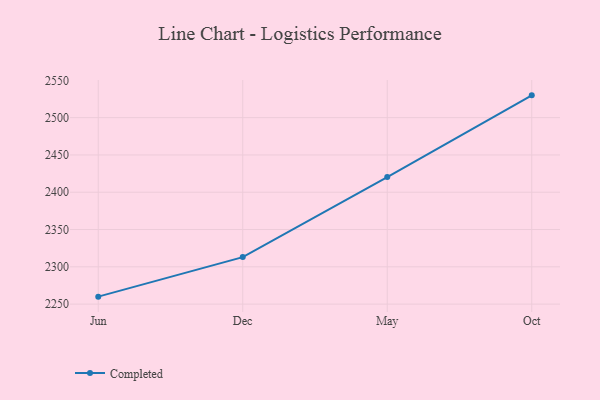
{"axis": {"x": "Month", "y": "Waste Production (Tons)"}, "legend": ["Completed"], "data": [{"x": "Jun", "y": 2260.0, "type": "Completed"}, {"x": "Dec", "y": 2313.0, "type": "Completed"}, {"x": "May", "y": 2420.3, "type": "Completed"}, {"x": "Oct", "y": 2529.9, "type": "Completed"}]}